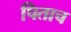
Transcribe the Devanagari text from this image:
पिताच